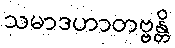
သမာဒဟာတဗ္ဗန္တိ